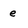
Character: e